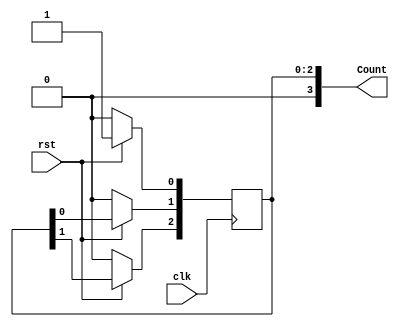
// -------------------------------------------------------------------------------------
//
//Description:This program works as a Johnson down counter. This program has been specified
//			as a Behavioural model which has the loosest requirements for coding style
//			The johnson down counter follows the patter shown below
//				1111>0111>0011>0001>0000>1000>1100>1110>1111 > repeat
//
// -------------------------------------------------------------------------------------

//Behavioural model
module Johnson4BitDown (clk, rst, Count);
    //input ports and their sizes
    input clk,rst;
	
    //output ports and their size
    output [3 : 0] Count;
    //Internal variables
    reg [3 : 0] Count = 4'b0000;  
    
     always @(posedge(clk))
     //Will reset synchronously with the clock back to all on
	 begin
        if(!rst) 
            Count <= 4'b0000;
     //Connects DFF in a shift register
	 //all DFF pass on same value except Count[3] as Johnson requires
		else  begin  
/* 			Count[0] <= ~Count[3];
			Count[1] <= Count[0];
			Count[2] <= Count[1];
			Count[3] <= Count[2]; */
			
			Count[0] <= ~Count[3];
			Count[1] <= Count[0];
			Count[2] <= Count[1];
			Count[3] <= 1'b0;			
			
			end
     end    
    
endmodule